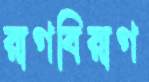
রাগবিরাগ